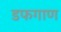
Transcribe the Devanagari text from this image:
डफगाण